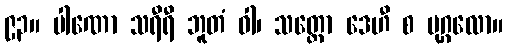
၉၃။ ပါဏော သရီရီ ဘူတံ ဝါ၊ သတ္တော ဒေဟီ စ ပုဂ္ဂလော။